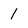
Character: 1